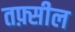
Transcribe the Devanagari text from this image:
तफ़्सील